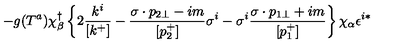
- g ( T ^ { a } ) \chi _ { \beta } ^ { \dagger } \left\{ 2 \frac { k ^ { i } } { [ k ^ { + } ] } - \frac { \sigma \cdot p _ { 2 \bot } - i m } { [ p _ { 2 } ^ { + } ] } \sigma ^ { i } - \sigma ^ { i } \frac { \sigma \cdot p _ { 1 \bot } + i m } { [ p _ { 1 } ^ { + } ] } \right\} \chi _ { \alpha } \epsilon ^ { i * }